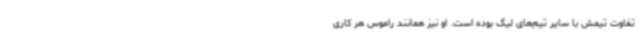
تفاوت تیمش با سایر تیم‌های لیگ بوده است. او نیز همانند راموس هر کاری